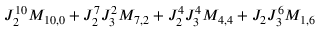
J _ { 2 } ^ { 1 0 } M _ { 1 0 , 0 } + J _ { 2 } ^ { 7 } J _ { 3 } ^ { 2 } M _ { 7 , 2 } + J _ { 2 } ^ { 4 } J _ { 3 } ^ { 4 } M _ { 4 , 4 } + J _ { 2 } J _ { 3 } ^ { 6 } M _ { 1 , 6 }